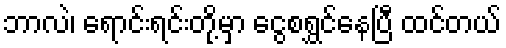
ဘာလဲ၊ ရောင်းရင်းတို့မှာ ငွေစရွှင်နေပြီ ထင်တယ်